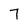
Character: 7